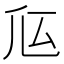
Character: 𠂧